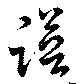
譜